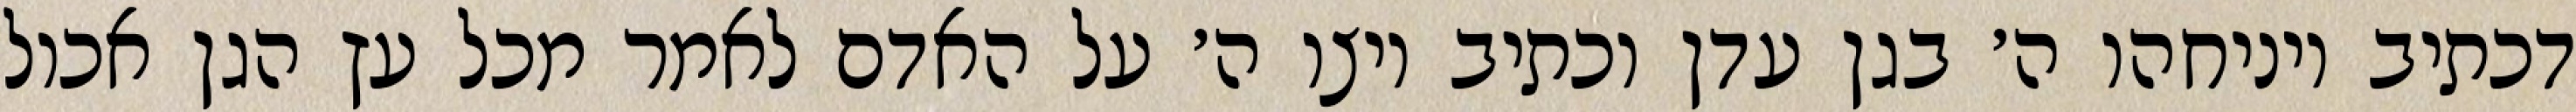
דכתיב ויניחהו ה׳ בגן עדן וכתיב ויצו ה׳ על האדם לאמר מכל עץ הגן אכול